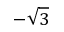
- { \sqrt { 3 } }